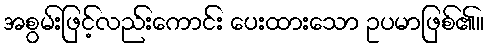
အစွမ်းဖြင့်လည်းကောင်း ပေးထားသော ဥပမာဖြစ်၏။